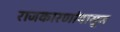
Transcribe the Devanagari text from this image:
राजकारणांपासून